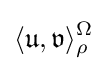
\langle {\mathfrak {u}},{\mathfrak {v}}\rangle _{\rho }^{\Omega }